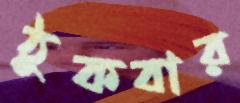
ঠুকবার